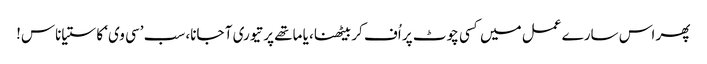
پھر اس سارے عمل میں کسی چوٹ پر اُف کر بیٹھنا، یا ماتھے پر تیوری آ جانا، سب ’سی وی‘ کا ستیاناس!